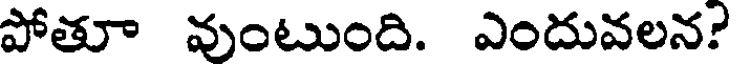
పోతూ వుంటుంది. ఎందువలన?